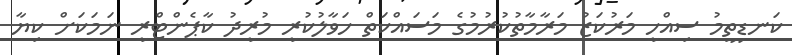
ކަނޑިތީމު ސިއްހީ މަރުކަޒު މަރާމާތުކުރުމުގެ މަސައްކަތް ހަވާލުކުރީ މުރީދު ކާޕެންޓްރީ ނަމަކަށް ކިޔާ